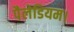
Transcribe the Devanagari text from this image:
पैलेडियम।